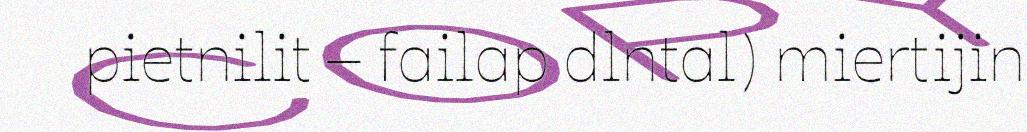
pietnilit – failap dlntal) miertijin